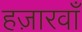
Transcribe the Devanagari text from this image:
हज़ारवाँ